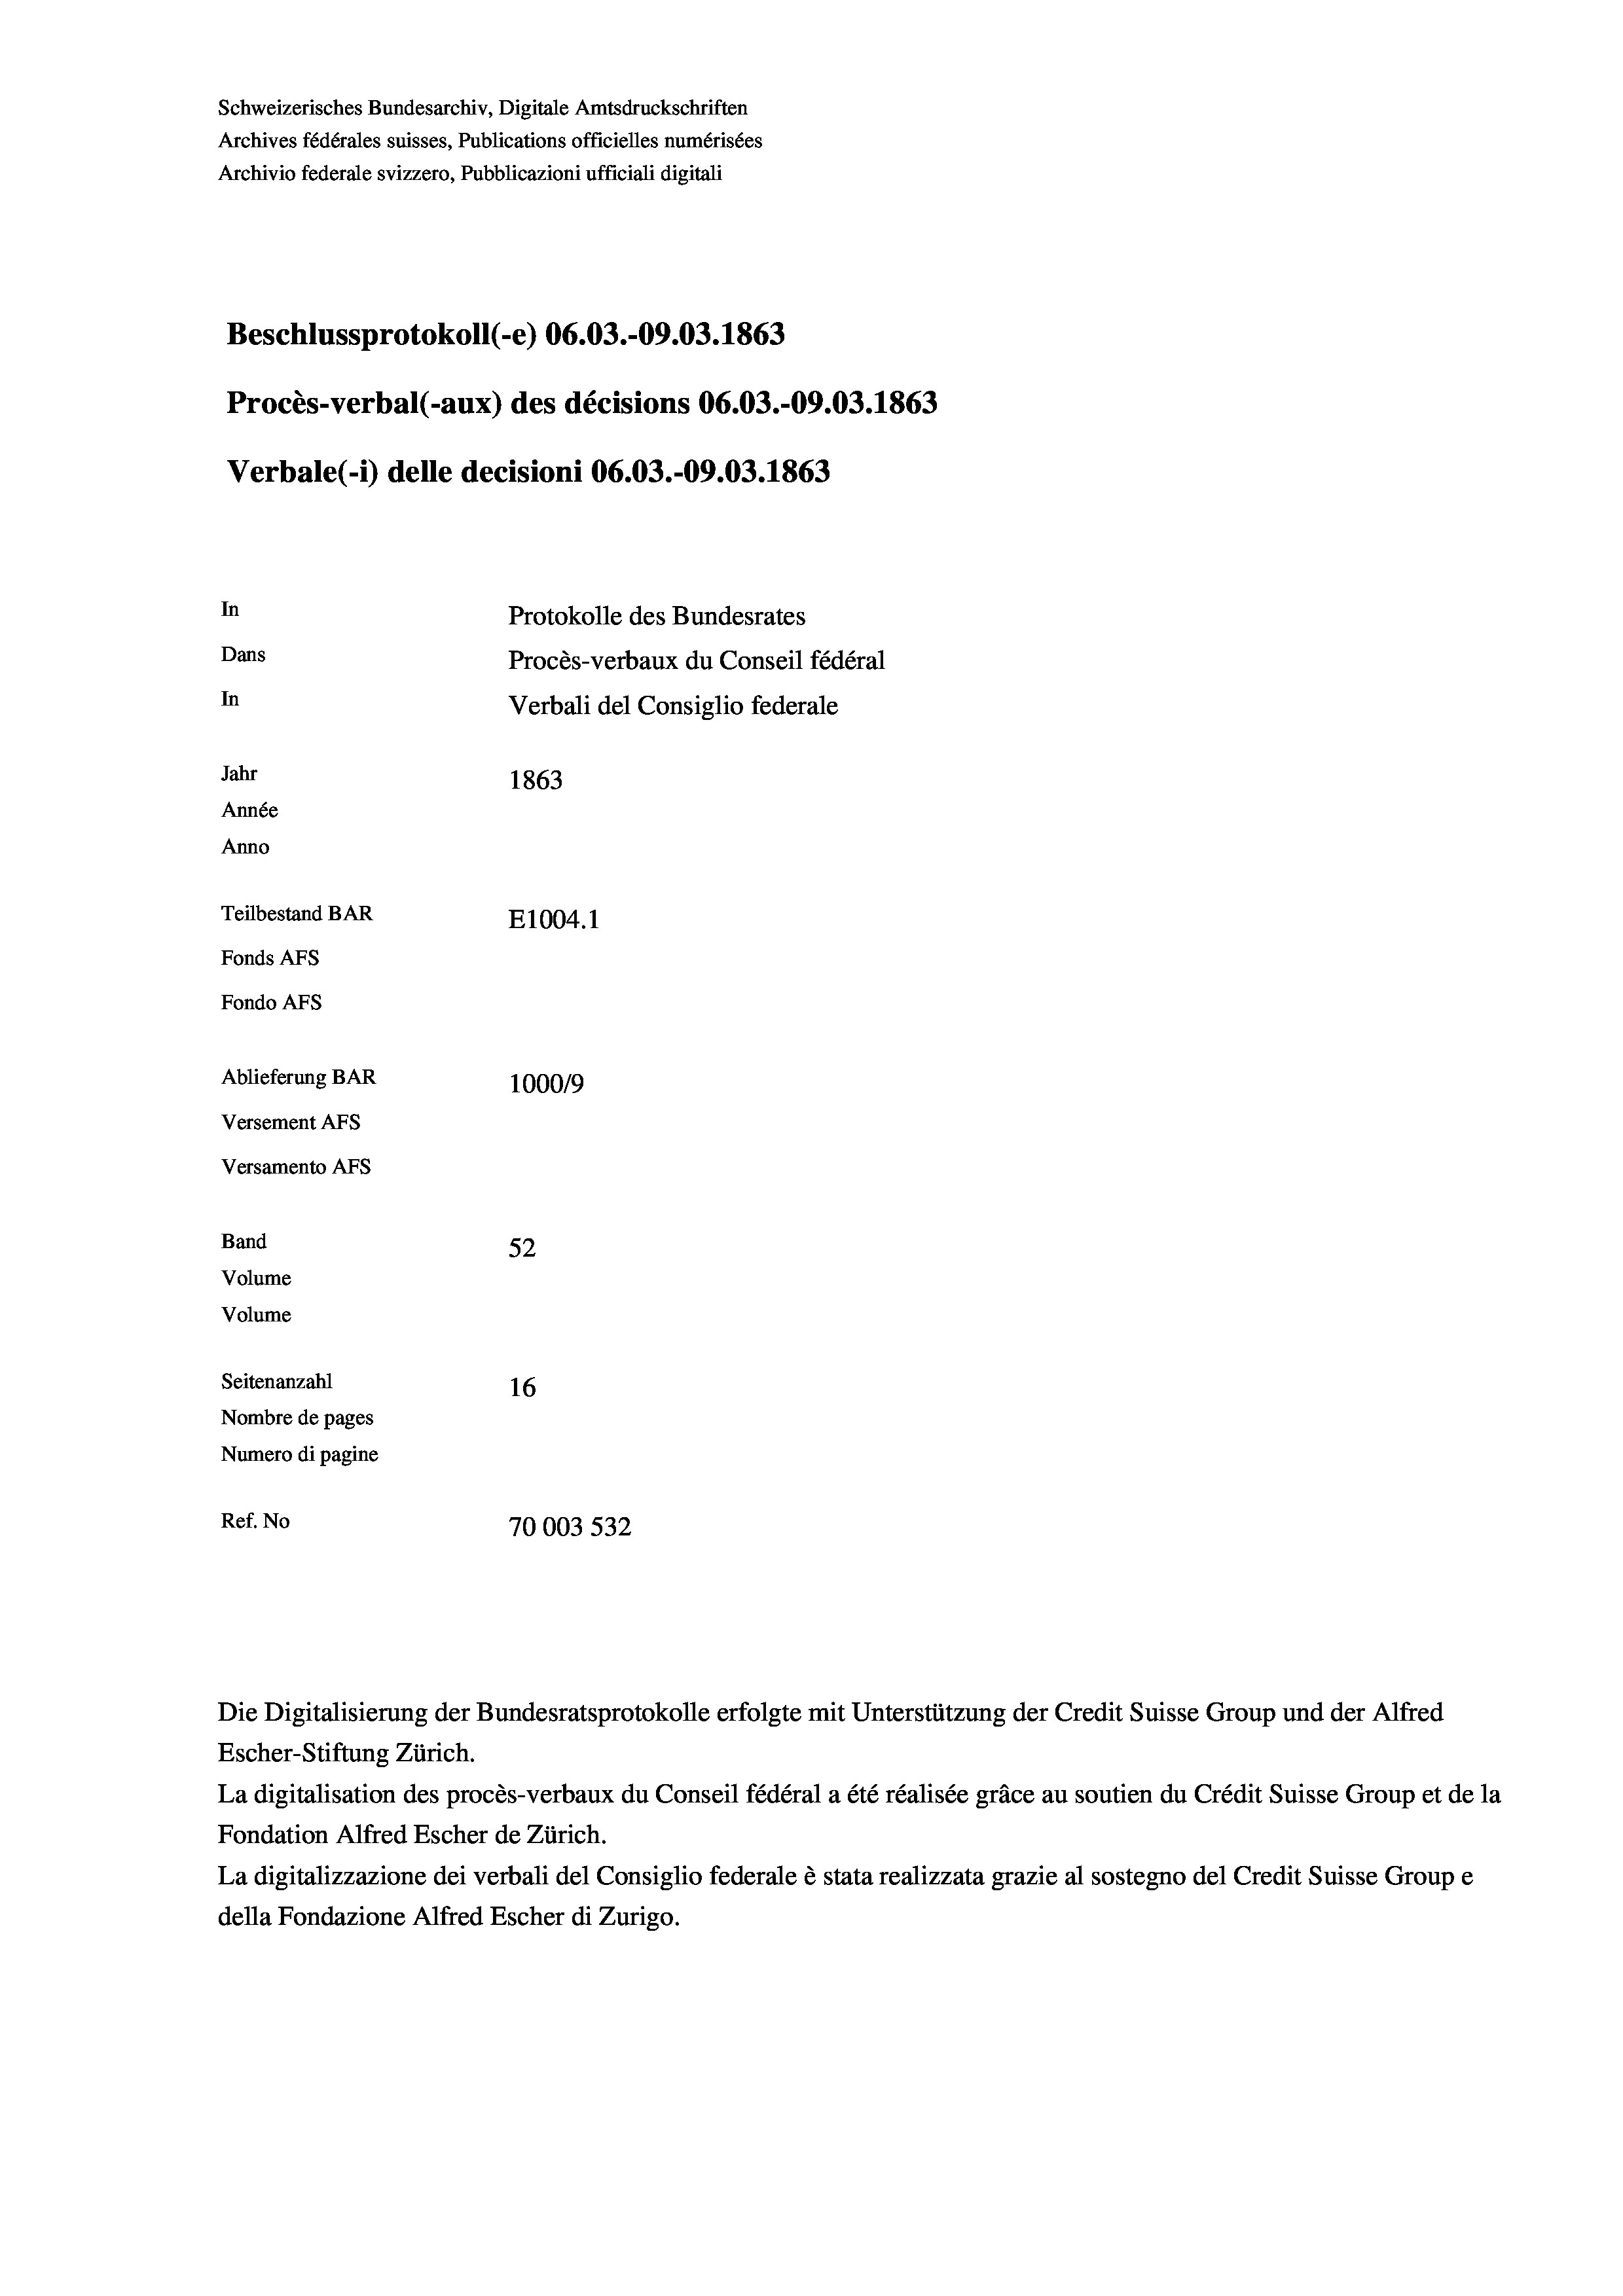
Beschlussprotokoll (-e) 06.03.-09.03. 1863
Procès-verbal (-aux) des décisions 06.03.-09.03. 1863
In
Protokolle des Bundesrates
Dans
Procès-verbaux du Conseil fédéral
In
Verbali del Consiglio federale
Jahr
1863
Année
Anno
Teilbestand BAR
E1004. 1
Fonds AFs
Fondo AFS
Ablieferung BAR
1000/9
Versement AFs
Versamento AFs

Archives fédérales suisses, Publications officielles numérisées
Archivio federale svizzero, Pubblicazioni ufficiali digitali

Schweizerisches Bundesarchiv, Digitale Amtsdruckschriften

Band
Volume
Volume
Seitenanzahl

Verbale(-*) delle decisioni 06.03.-09.03. 1863

52

16
Nombre de pages
Numero di pagine
Ref. No
70003 532

Die Digitalisierung der Bundesratsprotokolle erfolgte mit Unterstützung der Credit Suisse Group und der Alfred
Escher-Stiftung Zürich.
La digitalisation des procès-verbaux du Conseil fédéral a été réalisée gräce au soutien du Crédit Suisse Group et de la
Fondation Alfred Escher de Zürich.
La digitalizzazione dei verbali del Consiglio federale è stata realizzata grazie al sostegno del Credit Suisse Groupe
della Fondazione Alfred Escher di Zurigo.